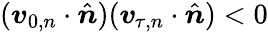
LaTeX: (\boldsymbol{v}_{0,n}\cdot\hat{\boldsymbol{n}})(\boldsymbol{v}_{\! \; \! \tau,n}\cdot\hat{\boldsymbol{n}})<0